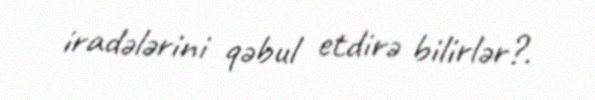
iradələrini qəbul etdirə bilirlər?.